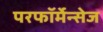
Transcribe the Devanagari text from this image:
परफॉर्मेन्सेज